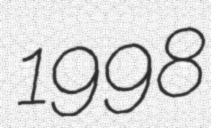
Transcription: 1998